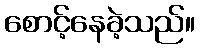
စောင့်နေခဲ့သည်။